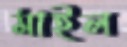
মাইল